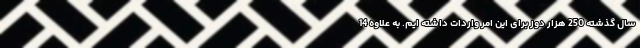
سال گذشته 250 هزار دوز برای این امر واردات داشته ایم. به علاوه 14